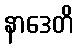
နာဒေတိ